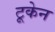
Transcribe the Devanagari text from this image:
टूकेन